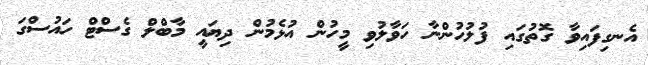
އެނގިފައިވާ ގޮތުގައި ފުލުހުންނާ ހަވާލުވި މީހުން އުޅެމުން ދިޔައީ މާބްލް ގެސްޓް ހައުސްގަ